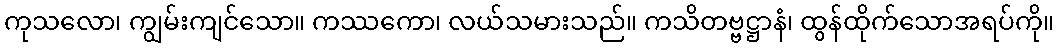
ကုသလော၊ ကျွမ်းကျင်သော။ ကဿကော၊ လယ်သမားသည်။ ကသိတဗ္ဗဋ္ဌာနံ၊ ထွန်ထိုက်သောအရပ်ကို။